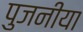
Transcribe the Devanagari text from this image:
पुजनीया